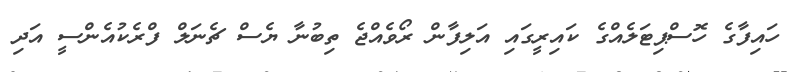
ހައިފާގެ ހޮސްޕިޓަލެއްގެ ކައިރީގައި އަލިފާން ރޯވެއްޖެ ތިބުނާ ޔެސް ޗެނަލް ފްރެކުއެންސީ އަދި